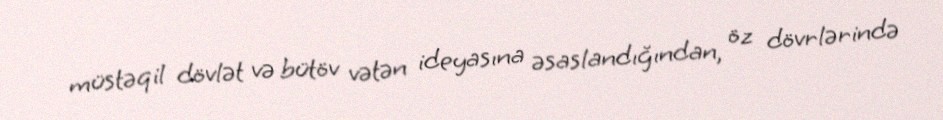
müstəqil dövlət və bütöv vətən ideyasına əsaslandığından, öz dövrlərində